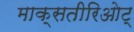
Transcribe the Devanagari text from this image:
माक्सतीरिओट्